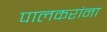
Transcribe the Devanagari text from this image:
पालकरांना